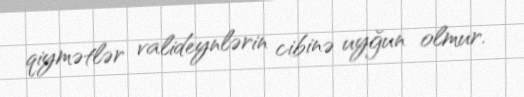
qiymətlər valideynlərin cibinə uyğun olmur.